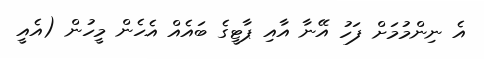
އެ ނިންމުމަށް ފަހު އޭނާ އާއި ޕާޓީގެ ބައެއް އެހެން މީހުން (އެއީ